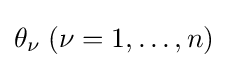
\theta _{\nu }\;(\nu =1,\dots ,n)